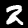
Label: 2